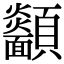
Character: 𩖋